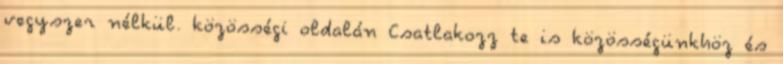
vegyszer nélkül. közösségi oldalán Csatlakozz te is közösségünkhöz és